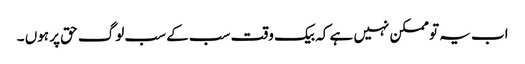
اب یہ تو ممکن نہیں ہے کہ بیک وقت سب کے سب لوگ حق پر ہوں ۔